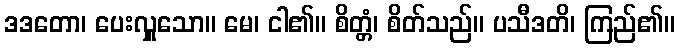
ဒဒတော၊ ပေးလှူသော။ မေ၊ ငါ၏။ စိတ္တံ၊ စိတ်သည်။ ပသီဒတိ၊ ကြည်၏။